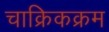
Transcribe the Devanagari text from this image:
चाक्रिकक्रम